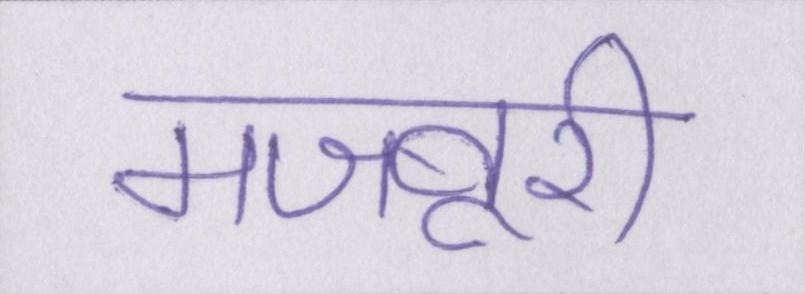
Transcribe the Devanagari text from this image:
मजबूरी